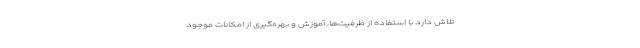
تلاش دارد با استفاده از ظرفیت‌ها، آموزش و بهره‌گیری از امکانات موجود